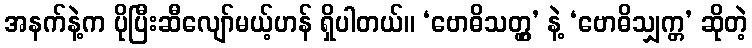
အနက်နဲ့က ပိုပြီးဆီလျော်မယ့်ဟန် ရှိပါတယ်။ ‘ဗောဓိသတ္တွ’ နဲ့ ‘ဗောဓိသျှက္တ’ ဆိုတဲ့